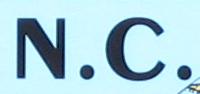
N.C.